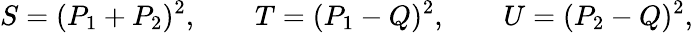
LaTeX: S=(P_{1}+P_{2})^{2},\qquad T=(P_{1}-Q)^{2},\qquad U=(P_{2}-Q)^{2},